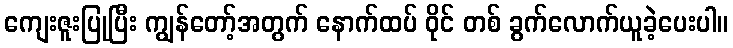
ကျေးဇူးပြုပြီး ကျွန်တော့်အတွက် နောက်ထပ် ဝိုင် တစ် ခွက်လောက်ယူခဲ့ပေးပါ။